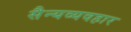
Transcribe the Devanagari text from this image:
सैन्यव्यवहार